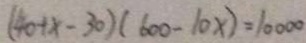
( 4 0 + x - 3 0 ) ( 6 0 0 - 1 0 x ) = 1 0 0 0 0